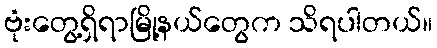
ဗုံးတွေ့ရှိရာမြို့နယ်တွေက သိရပါတယ်။